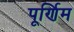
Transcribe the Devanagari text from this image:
पूर्णिम